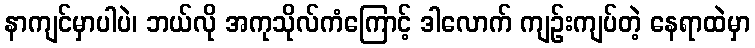
နာကျင်မှာပါပဲ၊ ဘယ်လို အကုသိုလ်ကံကြောင့် ဒါလောက် ကျဉ်းကျပ်တဲ့ နေရာထဲမှာ